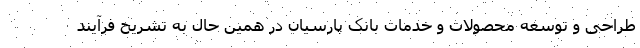
طراحی و توسعه محصولات و خدمات بانک پارسیان در همین حال به تشریح فرآیند